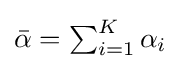
{\bar {\alpha }}=\textstyle \sum _{i=1}^{K}\alpha _{i}